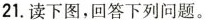
21.读下图，回答下列问题。